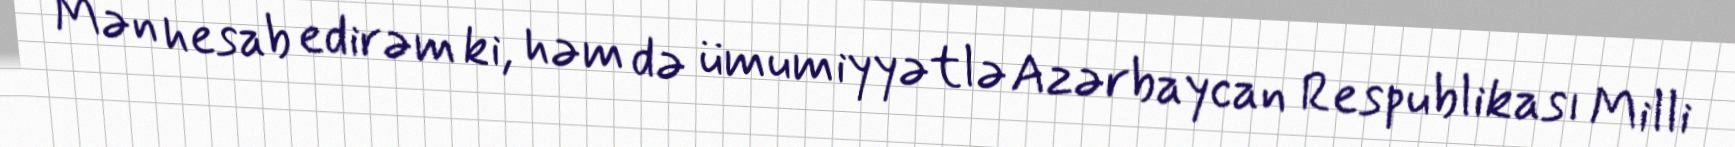
Mən hesab edirəm ki, həm də ümumiyyətlə Azərbaycan Respublikası Milli